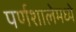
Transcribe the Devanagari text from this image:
पर्णशालेमध्ये